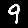
Digit: 9